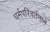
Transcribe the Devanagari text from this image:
धर्मपरिवर्तनाने